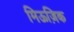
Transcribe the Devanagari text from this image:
मिऊज़िक